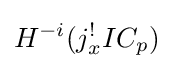
H^{-i}(j_{x}^{!}IC_{p})